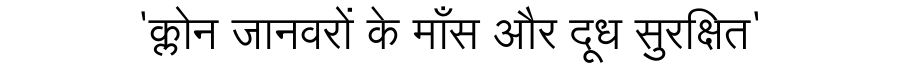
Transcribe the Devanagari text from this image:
'क्लोन जानवरों के माँस और दूध सुरक्षित'